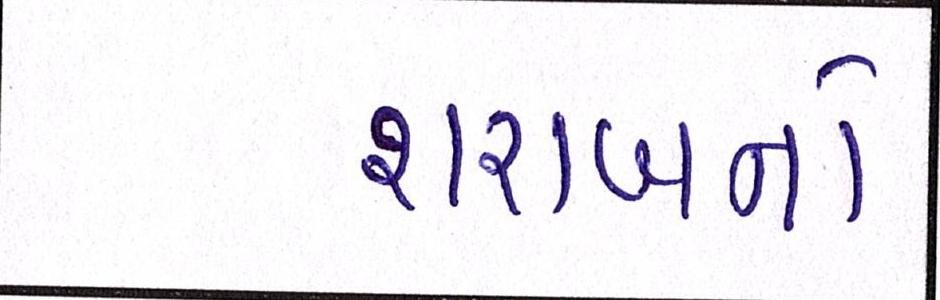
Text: શરાબનો